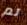
تم